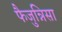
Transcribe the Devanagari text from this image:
फैजुन्निसा